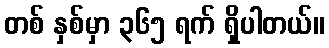
တစ် နှစ်မှာ ၃၆၅ ရက် ရှိပါတယ်။